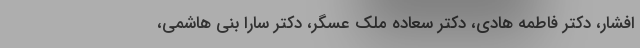
افشار، دکتر فاطمه هادی، دکتر سعاده ملک عسگر، دکتر سارا بنی هاشمی،